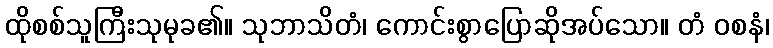
ထိုစစ်သူကြီးသုမုခ၏။ သုဘာသိတံ၊ ကောင်းစွာပြောဆိုအပ်သော။ တံ ဝစနံ၊